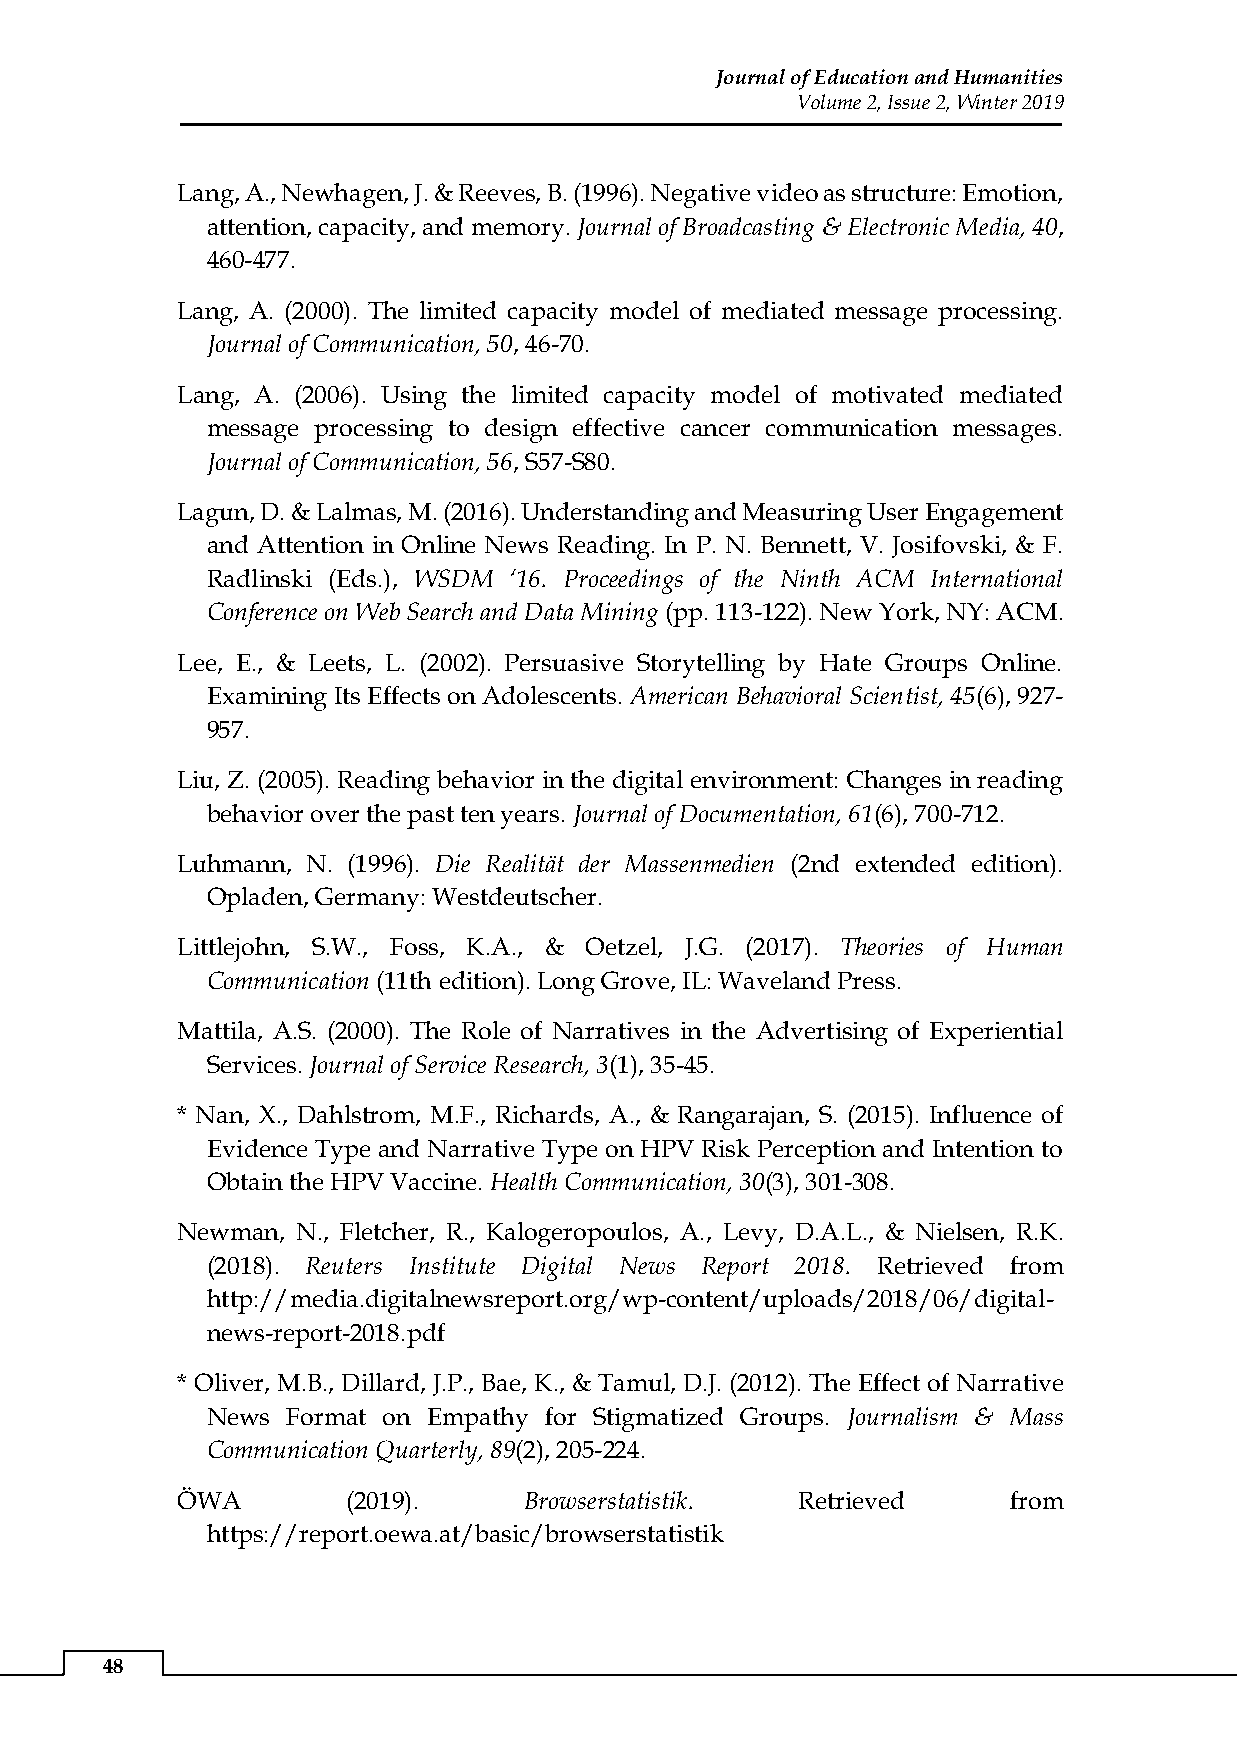
Journal of Education and Humanities
 Volume 2, Issue 2, Winter 2019
 Lang, A., Newhagen, J. & Reeves, B. (1996). Negative video as structure: Emotion,
 attention, capacity, and memory. Journal of Broadcasting & Electronic Media, 40,
 460-477.
 Lang, A. (2000). The limited capacity model of mediated message processing.
 Journal of Communication, 50, 46-70.
 Lang, A. (2006). Using the limited capacity model of motivated mediated
 message processing to design effective cancer communication messages.
 Journal of Communication, 56, S57-S80.
 Lagun, D. & Lalmas, M. (2016). Understanding and Measuring User Engagement
 and Attention in Online News Reading. In P. N. Bennett, V. Josifovski, & F.
 Radlinski (Eds.), WSDM ‘16. Proceedings of the Ninth ACM International
 Conference on Web Search and Data Mining (pp. 113-122). New York, NY: ACM.
 Lee, E., & Leets, L. (2002). Persuasive Storytelling by Hate Groups Online.
 Examining Its Effects on Adolescents. American Behavioral Scientist, 45(6), 927-
 957.
 Liu, Z. (2005). Reading behavior in the digital environment: Changes in reading
 behavior over the past ten years. Journal of Documentation, 61(6), 700-712.
 Luhmann, N. (1996). Die Realität der Massenmedien (2nd extended edition).
 Opladen, Germany: Westdeutscher.
 Littlejohn, S.W., Foss, K.A., & Oetzel, J.G. (2017). Theories of Human
 Communication (11th edition). Long Grove, IL: Waveland Press.
 Mattila, A.S. (2000). The Role of Narratives in the Advertising of Experiential
 Services. Journal of Service Research, 3(1), 35-45.
 * Nan, X., Dahlstrom, M.F., Richards, A., & Rangarajan, S. (2015). Influence of
 Evidence Type and Narrative Type on HPV Risk Perception and Intention to
 Obtain the HPV Vaccine. Health Communication, 30(3), 301-308.
 Newman, N., Fletcher, R., Kalogeropoulos, A., Levy, D.A.L., & Nielsen, R.K.
 (2018). Reuters Institute Digital News Report 2018. Retrieved from
 http://media.digitalnewsreport.org/wp-content/uploads/2018/06/digital-
 news-report-2018.pdf
 * Oliver, M.B., Dillard, J.P., Bae, K., & Tamul, D.J. (2012). The Effect of Narrative
 News Format on Empathy for Stigmatized Groups. Journalism & Mass
 Communication Quarterly, 89(2), 205-224.
 ÖWA        (2019).     Browserstatistik. Retrieved     from
 https://report.oewa.at/basic/browserstatistik
 48